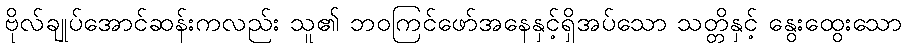
ဗိုလ်ချုပ်အောင်ဆန်းကလည်း သူ၏ ဘဝကြင်ဖော်အနေနှင့်ရှိအပ်သော သတ္တိနှင့် နွေးထွေးသော